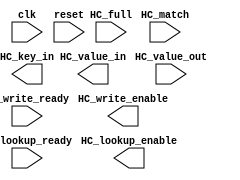


// CBG Orangepath HPR L/S System

// Verilog output file generated at 17/01/2017 21:52:38
// Kiwi Scientific Acceleration (KiwiC .net/CIL/C# to Verilog/SystemC compiler): Version alpha 0.2.16q : 25th-November-2016 Unix 14.5.0.0
//  /Users/nik/xoghol/CL/NaaS/NaaS_github/emu/bitbucket-hprls2/kiwipro/kiwic/distro/lib/kiwic.exe HashCAM_KiwiLift.dll -bevelab-default-pause-mode=hard -vnl-resets=synchronous -vnl-roundtrip=disable -res2-loadstore-port-count=0 -restructure2=disable -conerefine=disable -vnl HashCAM_KiwiLift.v
`timescale 1ns/1ns


module HashCAM_KiwiLift(    output HC_write_enable,
    input HC_write_ready,
    output HC_lookup_enable,
    input HC_lookup_ready,
    input HC_match,
    input HC_full,
    output [15:0] HC_key_in,
    output [7:0] HC_value_in,
    input [7:0] HC_value_out,
    input clk,
    input reset);
  reg HashCAM_matched;
  reg HashCAM_is_full;
  wire [31:0] ktop16;
  wire [31:0] ktop14;
  reg System_BitConverter_IsLittleEndian;
  wire [31:0] ktop12;
  reg [63:0] KiwiSystem_Kiwi_tnow;
  reg [31:0] KiwiSystem_Kiwi_old_pausemode_value;
  wire [31:0] ktop10;
  reg xpc10;
 always   @(posedge clk )  begin 
      //Start structure HPR anontop
      if (reset)  begin 
               xpc10 <= 32'd0;
               KiwiSystem_Kiwi_tnow <= 64'd0;
               KiwiSystem_Kiwi_old_pausemode_value <= 32'd0;
               System_BitConverter_IsLittleEndian <= 32'd0;
               HashCAM_is_full <= 32'd0;
               HashCAM_matched <= 32'd0;
               end 
               else if ((xpc10==1'sd0/*0:xpc10*/))  begin 
                   xpc10 <= 1'sd1/*1:xpc10*/;
                   KiwiSystem_Kiwi_tnow <= 64'h0;
                   KiwiSystem_Kiwi_old_pausemode_value <= 32'h2;
                   System_BitConverter_IsLittleEndian <= 1'h1;
                   HashCAM_is_full <= 1'h0;
                   HashCAM_matched <= 1'h0;
                   end 
                  //End structure HPR anontop


       end 
      

// 4 vectors of width 1
// 1 vectors of width 32
// 1 vectors of width 64
// Total state bits in module = 100 bits.
// 128 continuously assigned (wire/non-state) bits 
// Total number of leaf cells = 0
endmodule

//  
// LCP delay estimations included: turn off with -vnl-lcp-delay-estimate=disable
//HPR L/S (orangepath) auxiliary reports.
//KiwiC compilation report
//Kiwi Scientific Acceleration (KiwiC .net/CIL/C# to Verilog/SystemC compiler): Version alpha 0.2.16q : 25th-November-2016
//17/01/2017 21:52:36
//Cmd line args:  /Users/nik/xoghol/CL/NaaS/NaaS_github/emu/bitbucket-hprls2/kiwipro/kiwic/distro/lib/kiwic.exe HashCAM_KiwiLift.dll -bevelab-default-pause-mode=hard -vnl-resets=synchronous -vnl-roundtrip=disable -res2-loadstore-port-count=0 -restructure2=disable -conerefine=disable -vnl HashCAM_KiwiLift.v


//----------------------------------------------------------

//Report from KiwiC-fe.rpt:::
//KiwiC: front end input processing of class or method called KiwiSystem/Kiwi
//
//root_walk start thread at a static method (used as an entry point). Method name=.cctor uid=cctor10
//
//KiwiC start_thread (or entry point) id=cctor10
//
//Root method elaborated: specificf=S_kickoff_collate leftover=1+0
//
//KiwiC: front end input processing of class or method called System/BitConverter
//
//root_walk start thread at a static method (used as an entry point). Method name=.cctor uid=cctor12
//
//KiwiC start_thread (or entry point) id=cctor12
//
//Root method elaborated: specificf=S_kickoff_collate leftover=1+1
//
//KiwiC: front end input processing of class or method called HashCAM
//
//root_walk start thread at a static method (used as an entry point). Method name=.cctor uid=cctor14
//
//KiwiC start_thread (or entry point) id=cctor14
//
//Root method elaborated: specificf=S_kickoff_collate leftover=1+2
//
//KiwiC: front end input processing of class or method called HashCAM
//
//root_compiler: start elaborating class 'HashCAM'
//
//elaborating class 'HashCAM'
//
//compiling static method as entry point: style=Root idl=HashCAM/Main
//
//Performing root elaboration of method Main
//
//KiwiC start_thread (or entry point) id=Main10
//
//root_compiler class done: HashCAM
//
//Report of all settings used from the recipe or command line:
//
//   cil-uwind-budget=10000
//
//   kiwic-finish=enable
//
//   kiwic-cil-dump=disable
//
//   kiwic-kcode-dump=disable
//
//   kiwic-register-colours=disable
//
//   array-4d-name=KIWIARRAY4D
//
//   array-3d-name=KIWIARRAY3D
//
//   array-2d-name=KIWIARRAY2D
//
//   kiwi-dll=Kiwi.dll
//
//   kiwic-dll=Kiwic.dll
//
//   kiwic-zerolength-arrays=disable
//
//   kiwic-fpgaconsole-default=enable
//
//   postgen-optimise=enable
//
//   ataken-loglevel=20
//
//   gtrace-loglevel=20
//
//   firstpass-loglevel=20
//
//   overloads-loglevel=20
//
//   root=$attributeroot
//
//   srcfile=HashCAM_KiwiLift.dll
//
//END OF KIWIC REPORT FILE
//

//----------------------------------------------------------

//Report from verilog_render:::
//4 vectors of width 1
//
//1 vectors of width 32
//
//1 vectors of width 64
//
//Total state bits in module = 100 bits.
//
//128 continuously assigned (wire/non-state) bits 
//
//Total number of leaf cells = 0
//

//Major Statistics Report:
//Thread .cctor uid=cctor10 has 3 CIL instructions in 1 basic blocks
//Thread .cctor uid=cctor12 has 2 CIL instructions in 1 basic blocks
//Thread .cctor uid=cctor14 has 3 CIL instructions in 1 basic blocks
//Thread Main uid=Main10 has 3 CIL instructions in 1 basic blocks
//Thread mpc10 has 2 bevelab control states (pauses)
// eof (HPR L/S Verilog)